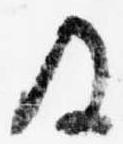
及